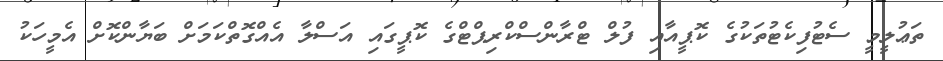
ތަޢުލީމީ ސެޓުފިކެޓުތަކުގެ ކޮޕީއާއި ފުލް ޓްރާންސްކްރިޕްޓްގެ ކޮޕީގައި އަސްލާ އެއްގޮތްކަމަށް ބަޔާންކޮށް އެމީހަކު